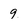
Character: 9